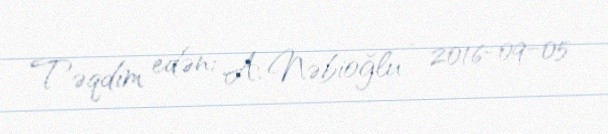
Təqdim edən: A. Nəbioğlu - 2016-09-05